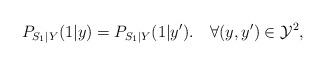
LaTeX: \begin{align*}P_{S_1|Y}(1|y)=P_{S_1|Y}(1|y').\quad\forall(y,y')\in\mathcal{Y}^2,\end{align*}